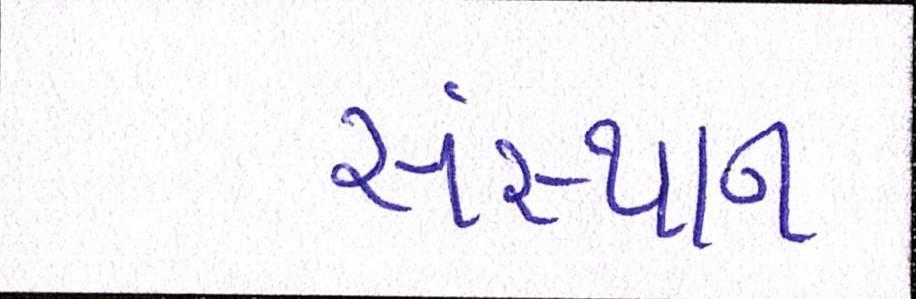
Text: સંસ્થાન